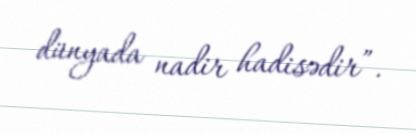
dünyada nadir hadisədir”.